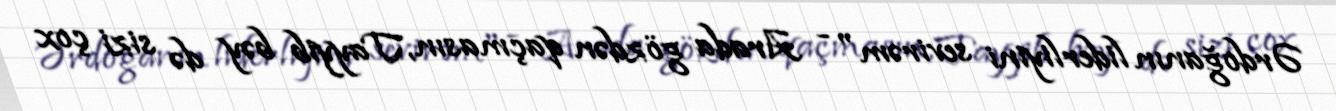
Ərdoğanın liderliyini sevirəm" - Arada gözdən qaçmasın, Tayyib bəy də sizi çox